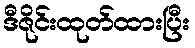
ဒီဇိုင်းထုတ်ထားပြီး